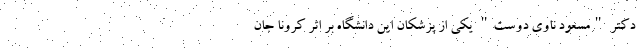
دکتر "مسعود ناوی دوست" یکی از پزشکان این دانشگاه بر اثر کرونا جان